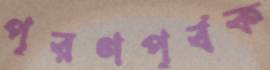
পূরণপূর্বক